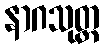
နာဂသုတ္တ